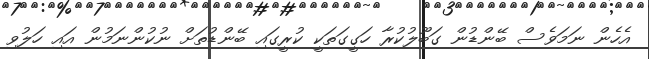
އެހެން ނަމަވެސް ބޭންޑުން ގަބޫލުކުރާ ހަގީގަތަކީ ކުރީގައި ބޭންޑުތަށް ނުކުންނަމުން އައި ހަލުވި